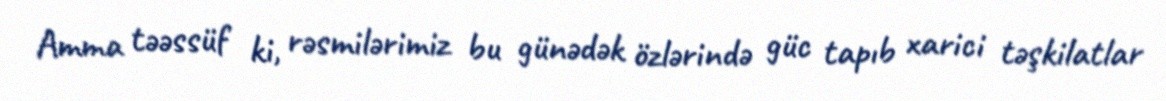
Amma təəssüf ki, rəsmilərimiz bu günədək özlərində güc tapıb xarici təşkilatlar